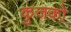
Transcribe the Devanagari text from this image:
कुजको